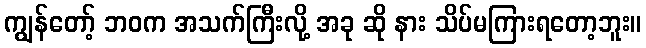
ကျွန်တော့် ဘဝက အသက်ကြီးလို့ အခု ဆို နား သိပ်မကြားရတော့ဘူး။